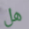
هل